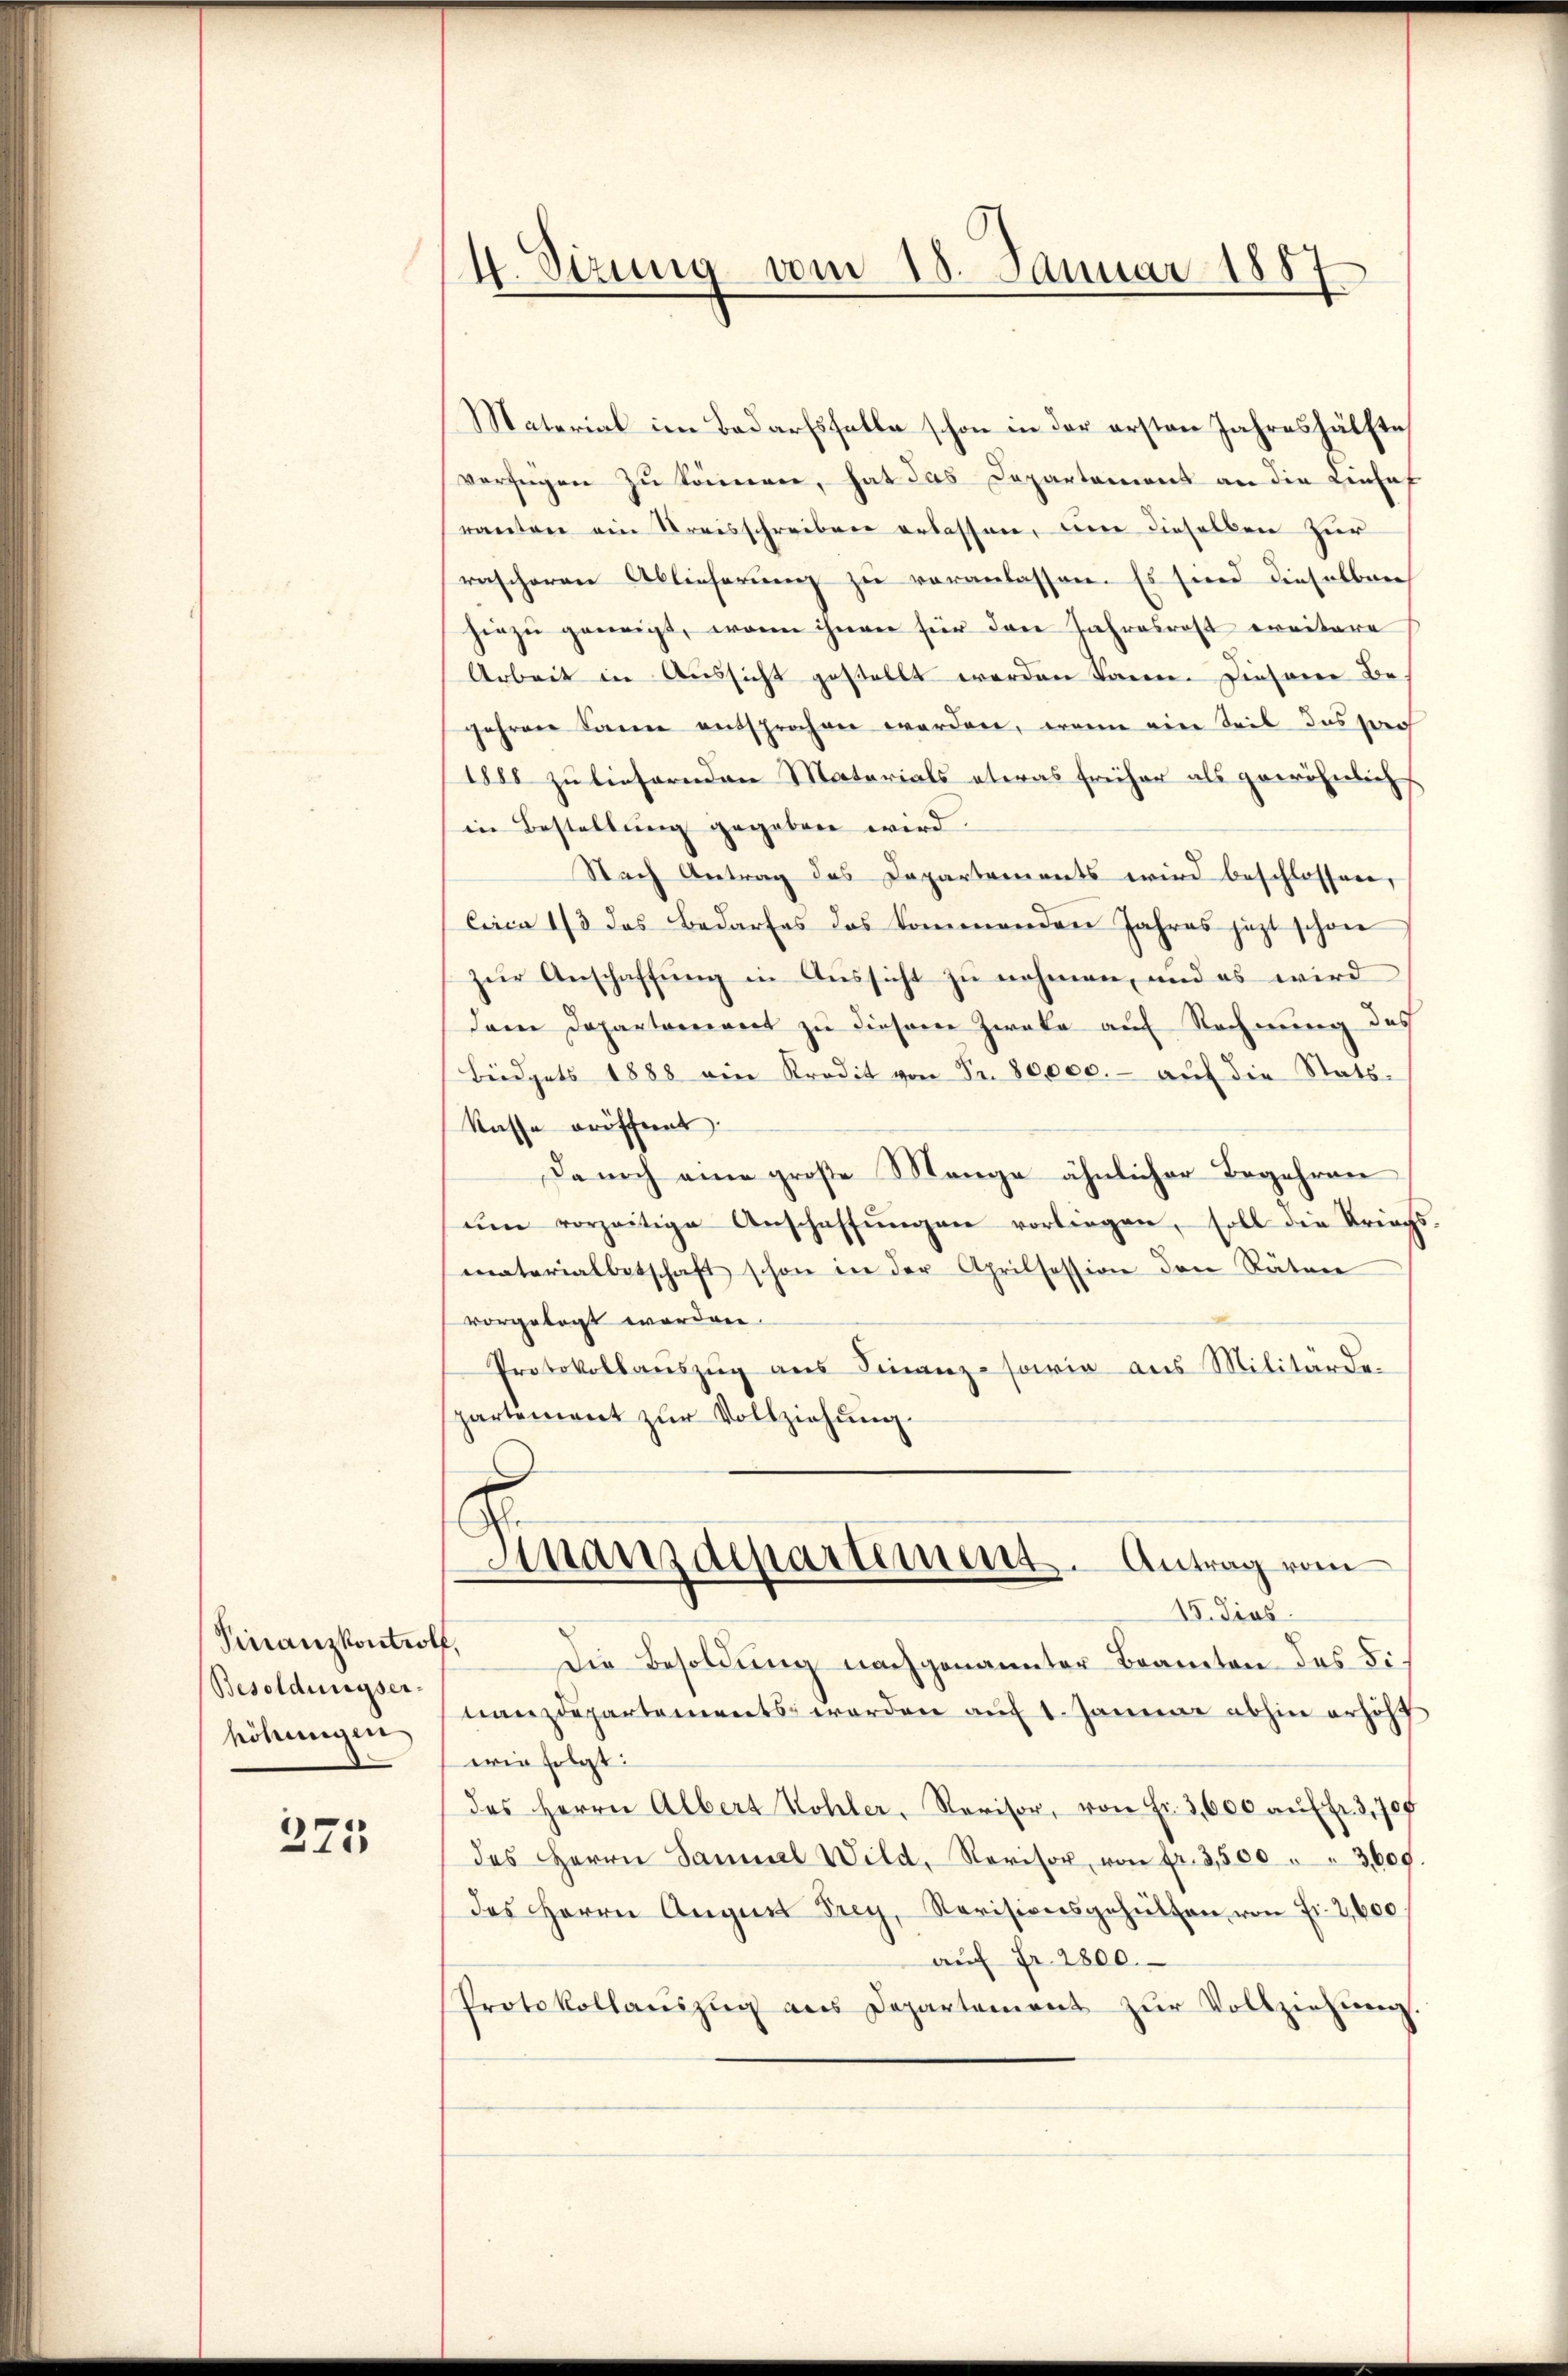
Finanzkontrolf,
Besoldungser-
höhungen

375

4. Sizung vom 15. Januar 1887

Material im Bedarfsfalle schon in der ersten Jahreshälfte
verfügen zu könnerer, hat das Departement an die Einhof
ranten ein Kreisschreiben erlassen, um dieselben zur
rascheren Ablieferung zu veranlassen. Es sind dieselben
hiezu geneigt, wenn ihnen für den Jahresrost ereitere
Arbeit in Aussicht gestellt werden kann. Diesem Begehren kann entsprochen worden, wenn eine Teil das sich
1880 zu liefernden Materials etwas früher als gewöhnlich
in Bestellung gegeben wird.
Nach Antrag des Dapartements wird beschlossen,
Cica 1/3 das Bedarfes das kommenden Jahres jezt schon
zur Anschaffung in Aussicht zu nehmen, und es wird
dren Departament zu diesem Zweke auf Rechnung des
Büdgets 1888 ein Kredit von Fr. 80,000.- aŭf die Stats-
Kasse eröffent
Danach eine große Mange ähnlicher Begehren
ŭm vorzeitige Anschaffŭngen vorliegen, soll die Kriegs-
materialbetschaft schon in der Aprilsession den Räten
vorgelegt worden.
Protokollaŭszŭg aŭs Finanz-sowie aus Militärde-
partement zur Vollziehung.
Finanzdepartement. Antrag vom
15. dies
Die Besoldung nachgenannter Beamten des Finanzdepartements werden auf 1. Januar abhin erhöht
win folgt:
des Herrn Albert Wohler, Revisor, von Fr. 3,600 aŭf fr. 3,700
des Herrn Sammel Wild, Revisor, von fr. 3500 " " 3,609
des Herrn August Frey, Revisionsgehülfen von Fr. 2, 600.
aŭf Fr. 2800.
Protokollaŭszŭg ans Departament zŭr Vollziehŭng.